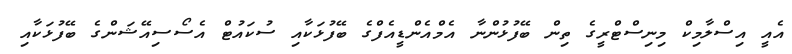
އެއީ އިސްލާމިކް މިނިސްޓްރީގެ ތިން ބޭފުޅުންނާ އެމްއެންޑީއެފްގެ ބޭފުޅަކާއި ސުކައުޓް އެސޯސިއޭޝަންގެ ބޭފުޅަކާއި